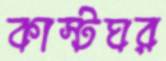
কাস্টঘর